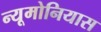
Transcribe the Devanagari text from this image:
न्यूमोनियास